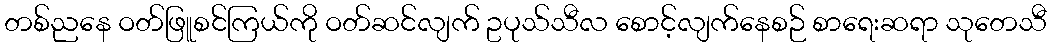
တစ်ညနေ ဝတ်ဖြူစင်ကြယ်ကို ဝတ်ဆင်လျက် ဥပုသ်သီလ စောင့်လျက်နေစဉ် စာရေးဆရာ သုတေသီ